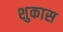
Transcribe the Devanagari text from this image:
शुकास